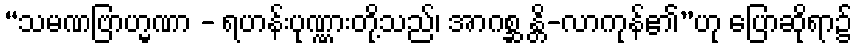
“သမဏဗြာဟ္မဏာ - ရဟန်းပုဏ္ဏားတို့သည်၊ အာဂစ္ဆ န္တိ-လာကုန်၏”ဟု ပြောဆိုရာ၌